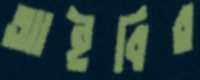
আইবির